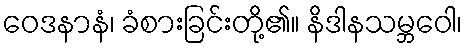
ဝေဒနာနံ၊ ခံစားခြင်းတို့၏။ နိဒါနသမ္ဘဝေါ၊